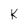
Character: K